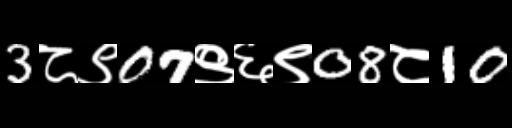
Text: 3८९07९६९08८10